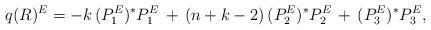
LaTeX: \begin{align*} q(R)^E = -k \, (P_1^E)^*P_1^E \,+ \,(n+k-2) \, (P_2^E)^*P_2^E \,+ \,(P_3^E)^*P_3^E,\end{align*}